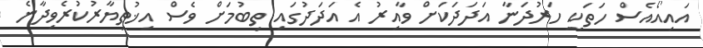
އައިއޯއެސް ހަތަކީ ހަރުދަނާ އަދަދަކަށް ވާއިރު އެ އަދަދުގައި ތިބުމަށް ވެސް އިޚުތިޔާރުކުރެވިދާނެ